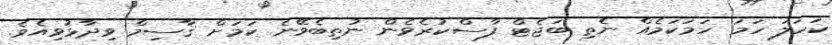
ކަހަލަ ހަމަ ހަމަކަމެއް ނެތި ބަޖެޓް ފާސްކުރެވެން ނުތިބެވޭނެ ކަމަށް ޤާސިމް ވިދާޅުވިއެވެ.